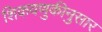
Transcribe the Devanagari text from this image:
शिकवणुकीनुसार